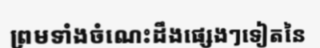
ព្រមទាំងចំណេះដឹងផ្សេងៗទៀតនៃ